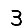
Digit: 3